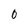
Character: 0